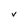
Character: V